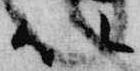
以